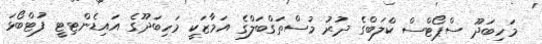
މަހިބަދޫ ސްޕޯޓްސް ކްލަބްގެ ދުރު މުސްތަގްބަލްގެ އަމާޒަކީ މަހިބަދޫގެ އައިޑެންޓިޓީ ފުޓްބޯޅަ